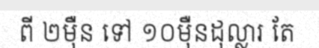
ពី ២ម៉ឺន ទៅ ១០ម៉ឺនដុល្លារ តែ